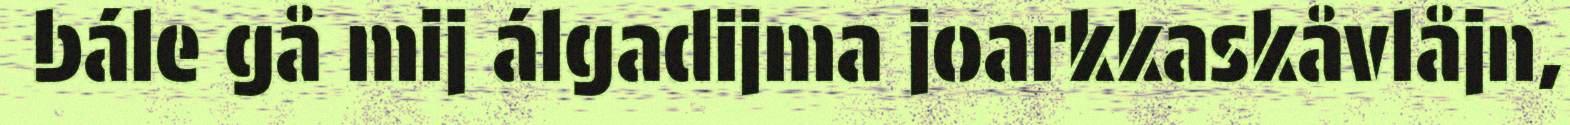
bále gå mij álgadijma joarkkaskåvlåjn,